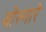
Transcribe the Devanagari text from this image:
बोल्गारे